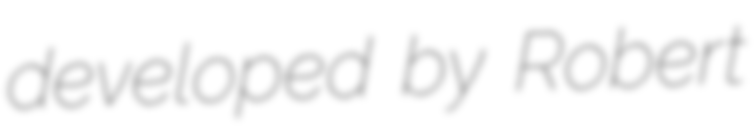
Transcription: developed by Robert